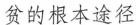
贫的根本途径